Civil Veterinary Department Bihar & Orissa reports 1922-29 - 1922-1929
Year: 1922
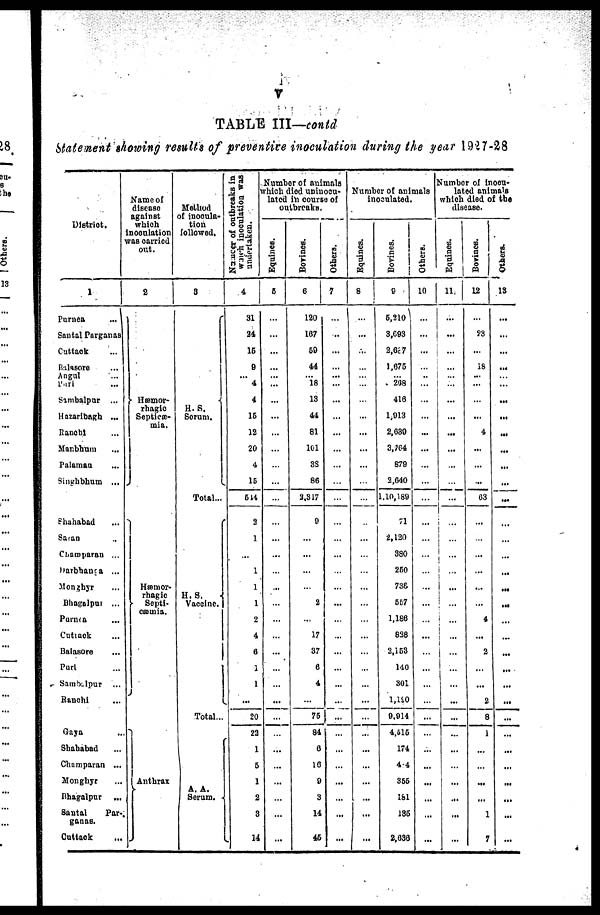
V
TABLE III—contd
Statement showing results of preventive inoculation during the year 1927-28
District.
1
Purnea
Santal Parganas
Cuttack
Balasore
Angul
Puri
Sambalpur ...
Hazaribagh ...
Ranchi
Manbhum
Palamau
Singhbhum ...
Shahabad
Saran
Champaran ...
Barbhaga
...
Monghyr
Bhagalpur ...
Purnia
Cuttack
Balasore
Puri
Sambalpur
Ranchi
Gaya
Shahabad
Champaran ...
Monghyr
Bhagalpur ...
Santal
Par-
ganas.
Cuttack
Name of
discase
against
which
inoculation
was carricd
out.
2
Hemor-
rhagic
Septice-
mia.
Hemor-
rhagic
Septi-
Anthrax
Method
of inocula-
tion
followed.
3
H. S.
Serum.
Total...
Vaccine.
Total...
A. A.
Serum.
Number of outbreaks in
which inoculation was
undertaken.
4
31
24
16
9
4
4
16
12
20
4
15
614
3
1
1
1
1
2
4
6
1
1
...
20
23
1
6
1
2
3
Number of animals
which died uninocu
lated in course of
outbreaks.
Eqnines.
5
...
...
...
...
...
...
...
...
...
...
...
...
...
...
...
...
...
...
...
...
...
...
6
...
...
...
...
...
...
...
...
Borines.
6
120
167
60
44
...
18
13
44
81
101
3S
86
3.317
9
...
...
...
...
2
...
17
37
4
...
76
84
6
16
0
3
14
46
Others.
7
...
...
...
...
...
...
...
...
...
...
...
...
...
...
...
...
...
...
...
...
...
...
...
...
...
...
...
...
...
...
...
...
...
Number of animals
inoculated.
Equines.
8
...
...
...
...
...
...
...
...
...
...
...
...
...
...
...
...
...
...
...
...
...
...
...
...
...
Bovines.
9
6,210
3,693
2,637
1,676
...
208
416
1,013
2.030
3,764
879
2,640
1.10,189
71
2,120
380
260
738
557
1,186
828
3,153
140
301
1,110
9.914
4,616
174
4 4
366
181
135
2,636
Others.
10
...
...
...
...
...
...
...
...
...
...
...
...
...
...
...
...
...
...
...
...
...
...
...
...
...
...
...
Number of Inoou-
lated animals
which died of the
disease.
Equines.
11
...
...
...
...
...
...
...
...
...
...
...
...
...
...
...
...
...
...
...
...
...
...
....
...
...
Bovincs.
12
23
18
...
...
...
...
4
...
...
63
...
...
...
...
4
2
...
...
2
8
1
...
...
...
...
1
7
Ot her s .
13
...
...
...
...
...
...
...
...
...
...
...
...
....
...
...
...
...
...
...
...
...
...
...
...
...
...
...
...